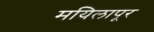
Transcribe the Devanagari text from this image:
मयिलापूर